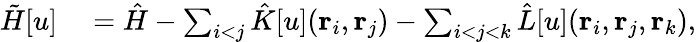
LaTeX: \begin{array}{rl}{\tilde{H}[u]}&{{}=\hat{H}-\sum_{i<j}\hat{K}[u]({\mathbf{r}_{i}},{\mathbf{r}_{j}})-\sum_{i<j<k}\hat{L}[u]({\mathbf{r}_{i}},{\mathbf{r}_{j}},{\mathbf{r}_{k}}),}\end{array}